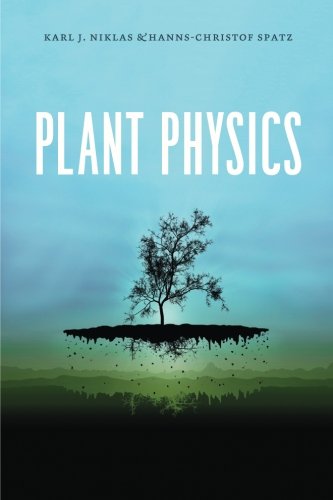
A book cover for Plant Physics; Karl J. Niklas; Science & Math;